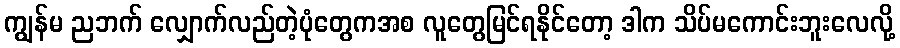
ကျွန်မ ညဘက် လျှောက်လည်တဲ့ပုံတွေကအစ လူတွေမြင်ရနိုင်တော့ ဒါက သိပ်မကောင်းဘူးလေလို့